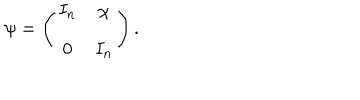
\psi = \left( \begin{array} { c c } { { I _ { n } } } & { { \chi } } \\ { { 0 } } & { { I _ { n } } } \\ \end{array} \right) .